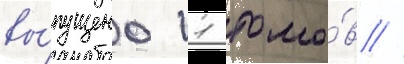
вы́пущено 11 томо́в //